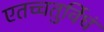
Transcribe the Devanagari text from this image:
एतच्चतुर्विधं